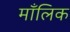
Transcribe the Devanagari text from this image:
माँलिक